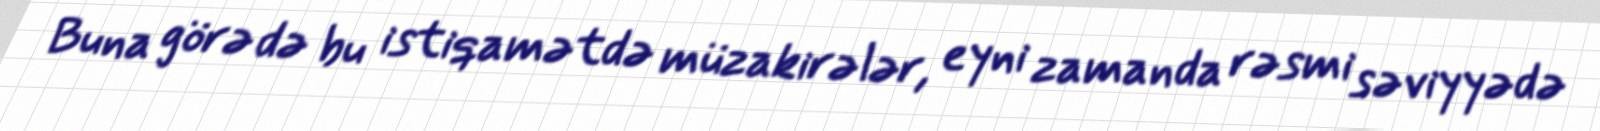
Buna görə də bu istiqamətdə müzakirələr, eyni zamanda rəsmi səviyyədə